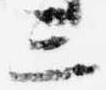
三